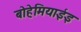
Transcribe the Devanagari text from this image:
बोहेमियाईइ